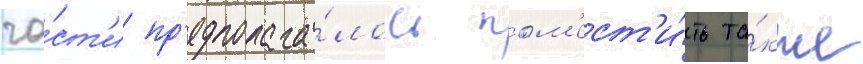
ча́ст'и пр'едполага́лось пом'ест'и́ть та́кже